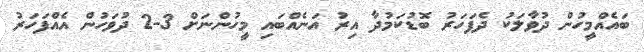
ބައެއްމީހުން ދުވާލަކު ދެފަހަރު ބޮޑުކަމުދާ އިރު އަނެއްބައި މީހުންނަށް 3-2 ދުވަހުން އެއްފަހަރު